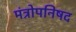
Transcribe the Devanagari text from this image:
मंत्रोपनिषद